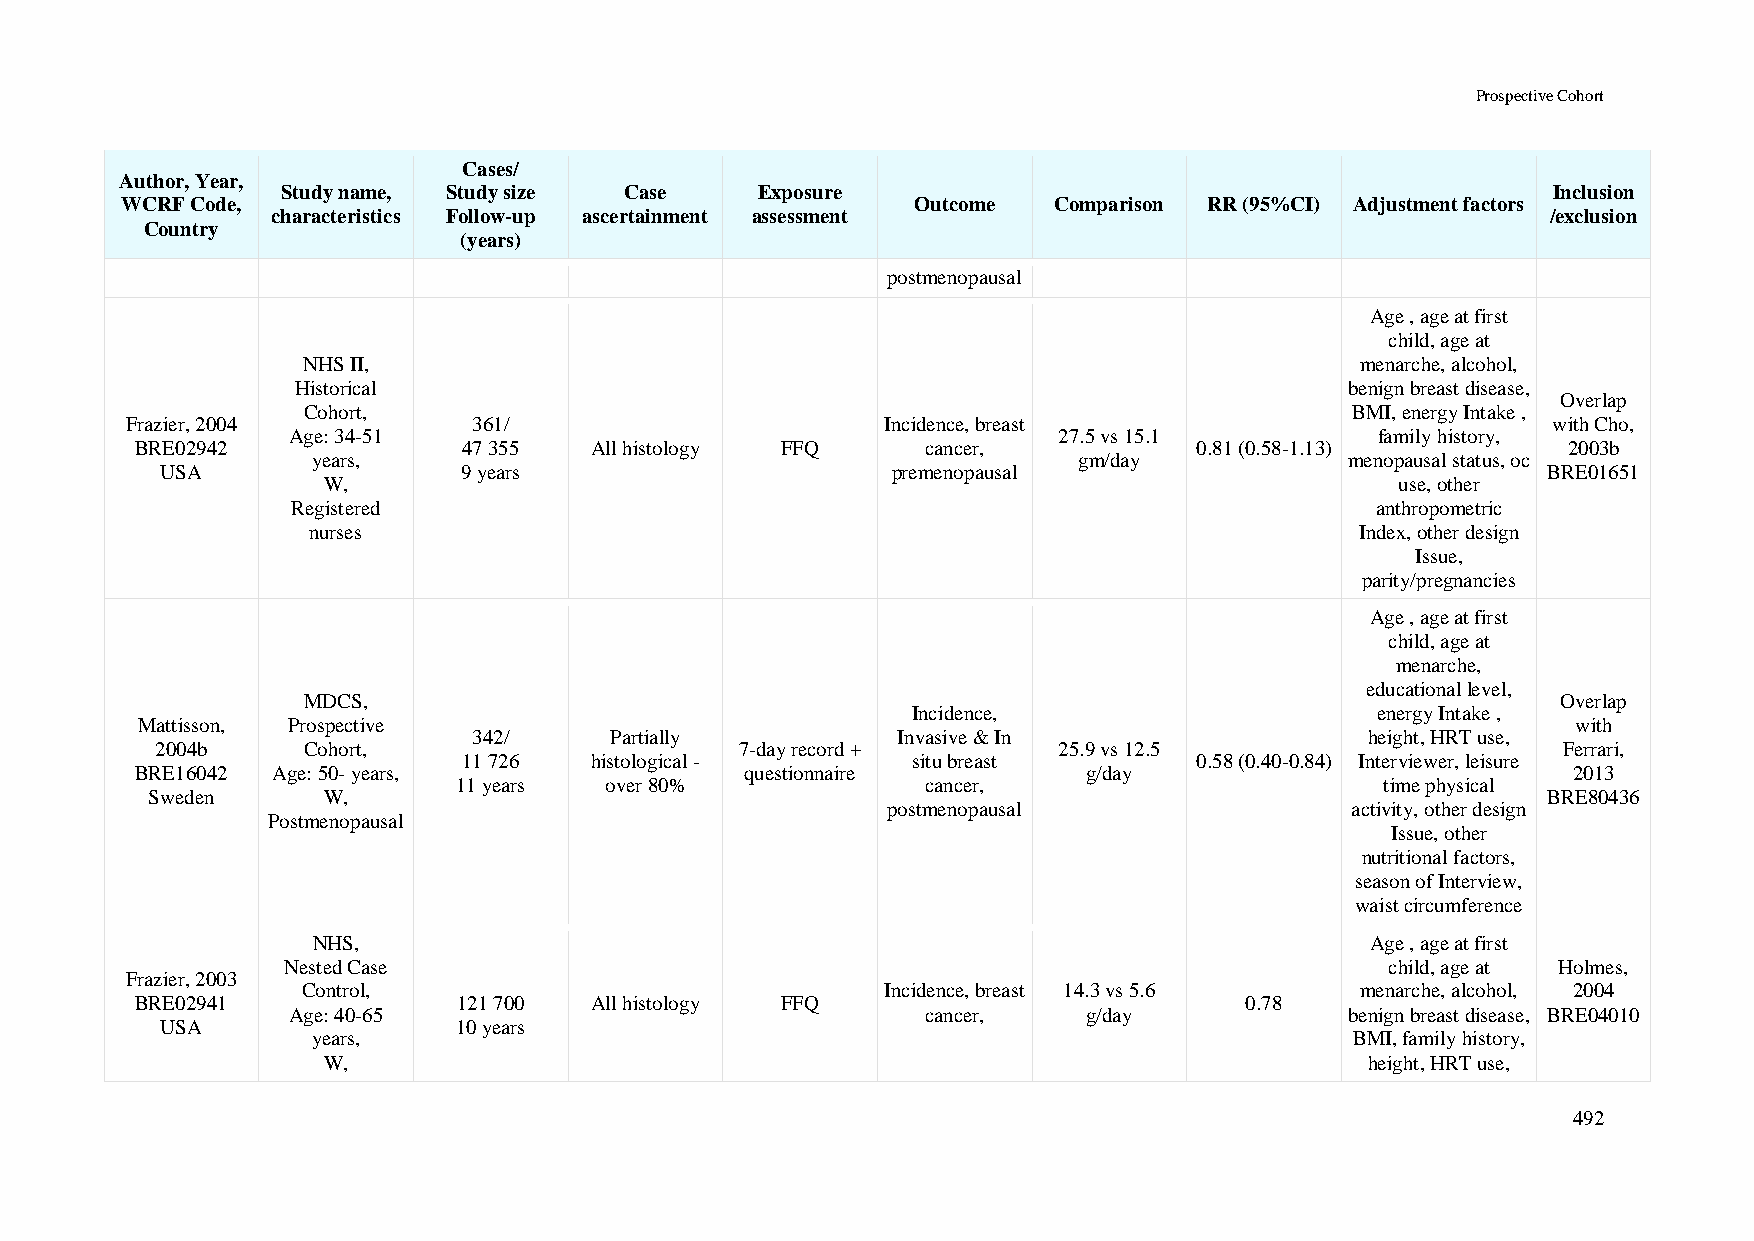
Prospective Cohort
 Cases/
 Author, Year,
 Study name, Study size Case    Exposure                                             Inclusion
 WCRF Code,                                           Outcome  Comparison RR (95%CI) Adjustment factors
 characteristics Follow-up ascertainment assessment                                   /exclusion
 Country
 (years)
 postmenopausal
 Age , age at first
 child, age at
 NHS II,                                                               menarche, alcohol,
 Historical                                                           benign breast disease,
 Overlap
 Cohort,                                                              BMI, energy Intake ,
 Frazier, 2004          361/                        Incidence, breast                           with Cho,
 Age: 34-51                                         27.5 vs 15.1         family history,
 BRE02942              47 355  All histology FFQ     cancer,           0.81 (0.58-1.13)         2003b
 years,                                            gm/day            menopausal status, oc
 USA                 9 years                     premenopausal                              BRE01651
 W,                                                                      use, other
 Registered                                                              anthropometric
 nurses                                                                Index, other design
 Issue,
 parity/pregnancies
 Age , age at first
 child, age at
 menarche,
 educational level,
 MDCS,                                                                              Overlap
 Incidence,                     energy Intake ,
 Mattisson, Prospective                                                                         with
 342/     Partially          Invasive & In                   height, HRT use,
 2004b     Cohort,                      7-day record +       25.9 vs 12.5                     Ferrari,
 11 726  histological -       situ breast        0.58 (0.40-0.84) Interviewer, leisure
 BRE16042 Age: 50- years,                questionnaire          g/day                           2013
 11 years  over 80%             cancer,                        time physical
 Sweden     W,                                                                               BRE80436
 postmenopausal                activity, other design
 Postmenopausal
 Issue, other
 nutritional factors,
 season of Interview,
 waist circumference
 NHS,                                                                  Age , age at first
 Nested Case                                                              child, age at Holmes,
 Frazier, 2003
 Control,                               Incidence, breast 14.3 vs 5.6  menarche, alcohol, 2004
 BRE02941             121 700  All histology FFQ                          0.78
 Age: 40-65                                cancer,    g/day            benign breast disease, BRE04010
 USA                10 years
 years,                                                               BMI, family history,
 W,                                                                    height, HRT use,
 492